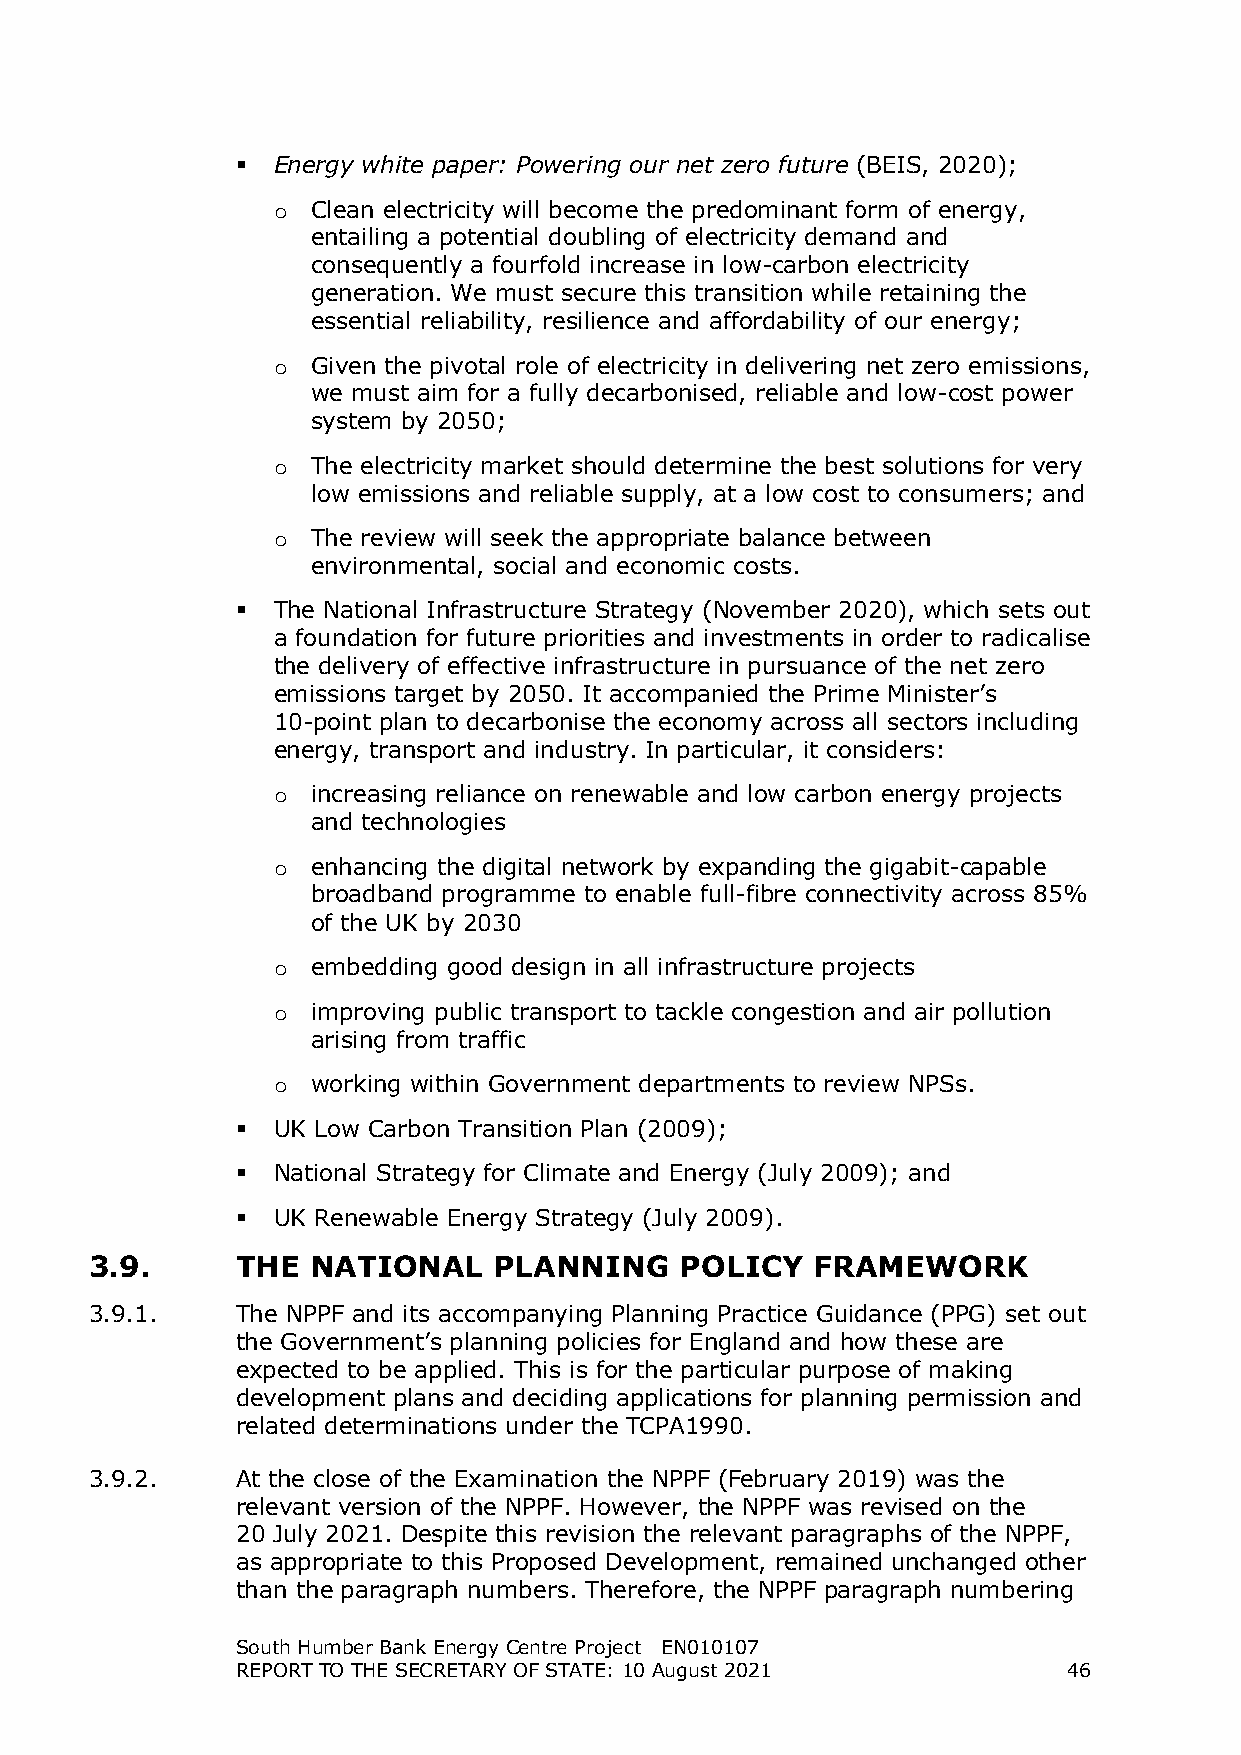
 Energy white paper: Powering our net zero future (BEIS, 2020);
 Clean electricity will become the predominant form of energy,
 о
 entailing a potential doubling of electricity demand and
 consequently a fourfold increase in low-carbon electricity
 generation. We must secure this transition while retaining the
 essential reliability, resilience and affordability of our energy;
 Given the pivotal role of electricity in delivering net zero emissions,
 о
 we must aim for a fully decarbonised, reliable and low-cost power
 system by 2050;
 The electricity market should determine the best solutions for very
 о
 low emissions and reliable supply, at a low cost to consumers; and
 The review will seek the appropriate balance between
 о
 environmental, social and economic costs.
  The National Infrastructure Strategy (November 2020), which sets out
 a foundation for future priorities and investments in order to radicalise
 the delivery of effective infrastructure in pursuance of the net zero
 emissions target by 2050. It accompanied the Prime Minister’s
 10-point plan to decarbonise the economy across all sectors including
 energy, transport and industry. In particular, it considers:
 increasing reliance on renewable and low carbon energy projects
 о
 and technologies
 enhancing the digital network by expanding the gigabit-capable
 о
 broadband programme to enable full-fibre connectivity across 85%
 of the UK by 2030
 embedding good design in all infrastructure projects
 о
 improving public transport to tackle congestion and air pollution
 о
 arising from traffic
 working within Government departments to review NPSs.
 о
  UK Low Carbon Transition Plan (2009);
  National Strategy for Climate and Energy (July 2009); and
  UK Renewable Energy Strategy (July 2009).
 3.9.      THE  NATIONAL    PLANNING    POLICY   FRAMEWORK
 3.9.1.    The NPPF and its accompanying Planning Practice Guidance (PPG) set out
 the Government’s planning policies for England and how these are
 expected to be applied. This is for the particular purpose of making
 development plans and deciding applications for planning permission and
 related determinations under the TCPA1990.
 3.9.2.    At the close of the Examination the NPPF (February 2019) was the
 relevant version of the NPPF. However, the NPPF was revised on the
 20 July 2021. Despite this revision the relevant paragraphs of the NPPF,
 as appropriate to this Proposed Development, remained unchanged other
 than the paragraph numbers. Therefore, the NPPF paragraph numbering
 South Humber Bank Energy Centre Project EN010107
 REPORT TO THE SECRETARY OF STATE: 10 August 2021       46